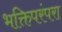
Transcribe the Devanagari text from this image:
भक्तिपरंपरा